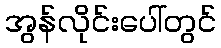
အွန်လိုင်းပေါ်တွင်